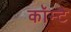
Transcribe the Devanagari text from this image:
कॉम्टै